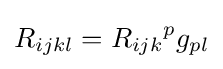
R_{ijkl}={R_{ijk}}^{p}g_{pl}